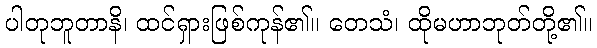
ပါတုဘူတာနိ၊ ထင်ရှားဖြစ်ကုန်၏။ တေသံ၊ ထိုမဟာဘုတ်တို့၏။